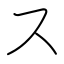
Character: ス